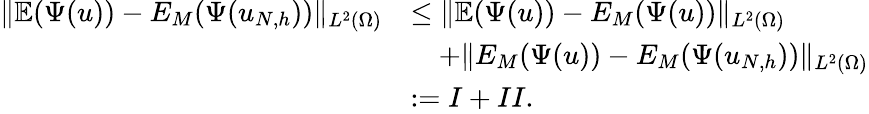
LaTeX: \begin{array}{rl}{\| \mathbb{E}(\Psi(u))-E_{M}(\Psi(u_{N,h}))\| _{L^{2}(\Omega)}}&{\le\| \mathbb{E}(\Psi(u))-E_{M}(\Psi(u))\| _{L^{2}(\Omega)}}\\ &{\quad+\| E_{M}(\Psi(u))-E_{M}(\Psi(u_{N,h}))\| _{L^{2}(\Omega)}}\\ &{:=I+II.}\end{array}